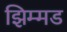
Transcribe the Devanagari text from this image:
झिम्मड